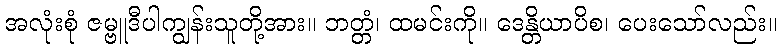
အလုံးစုံ ဇမ္ဗူဒီပါကျွန်းသူတို့အား။ ဘတ္တံ၊ ထမင်းကို။ ဒေန္တိယာပိစ၊ ပေးသော်လည်း။